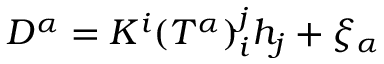
D ^ { \alpha } = K ^ { i } ( T ^ { \alpha } ) _ { i } ^ { j } h _ { j } + \xi _ { \alpha }